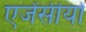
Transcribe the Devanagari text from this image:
एजेंसीयों